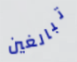
تبالغين